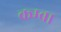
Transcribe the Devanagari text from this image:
कम्बा